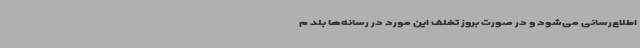
اطلاع‌رسانی می‌شود و در صورت بروز تخلف این مورد در رسانه‌ها بلد م